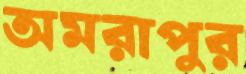
অমরাপুর